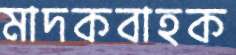
মাদকবাহক